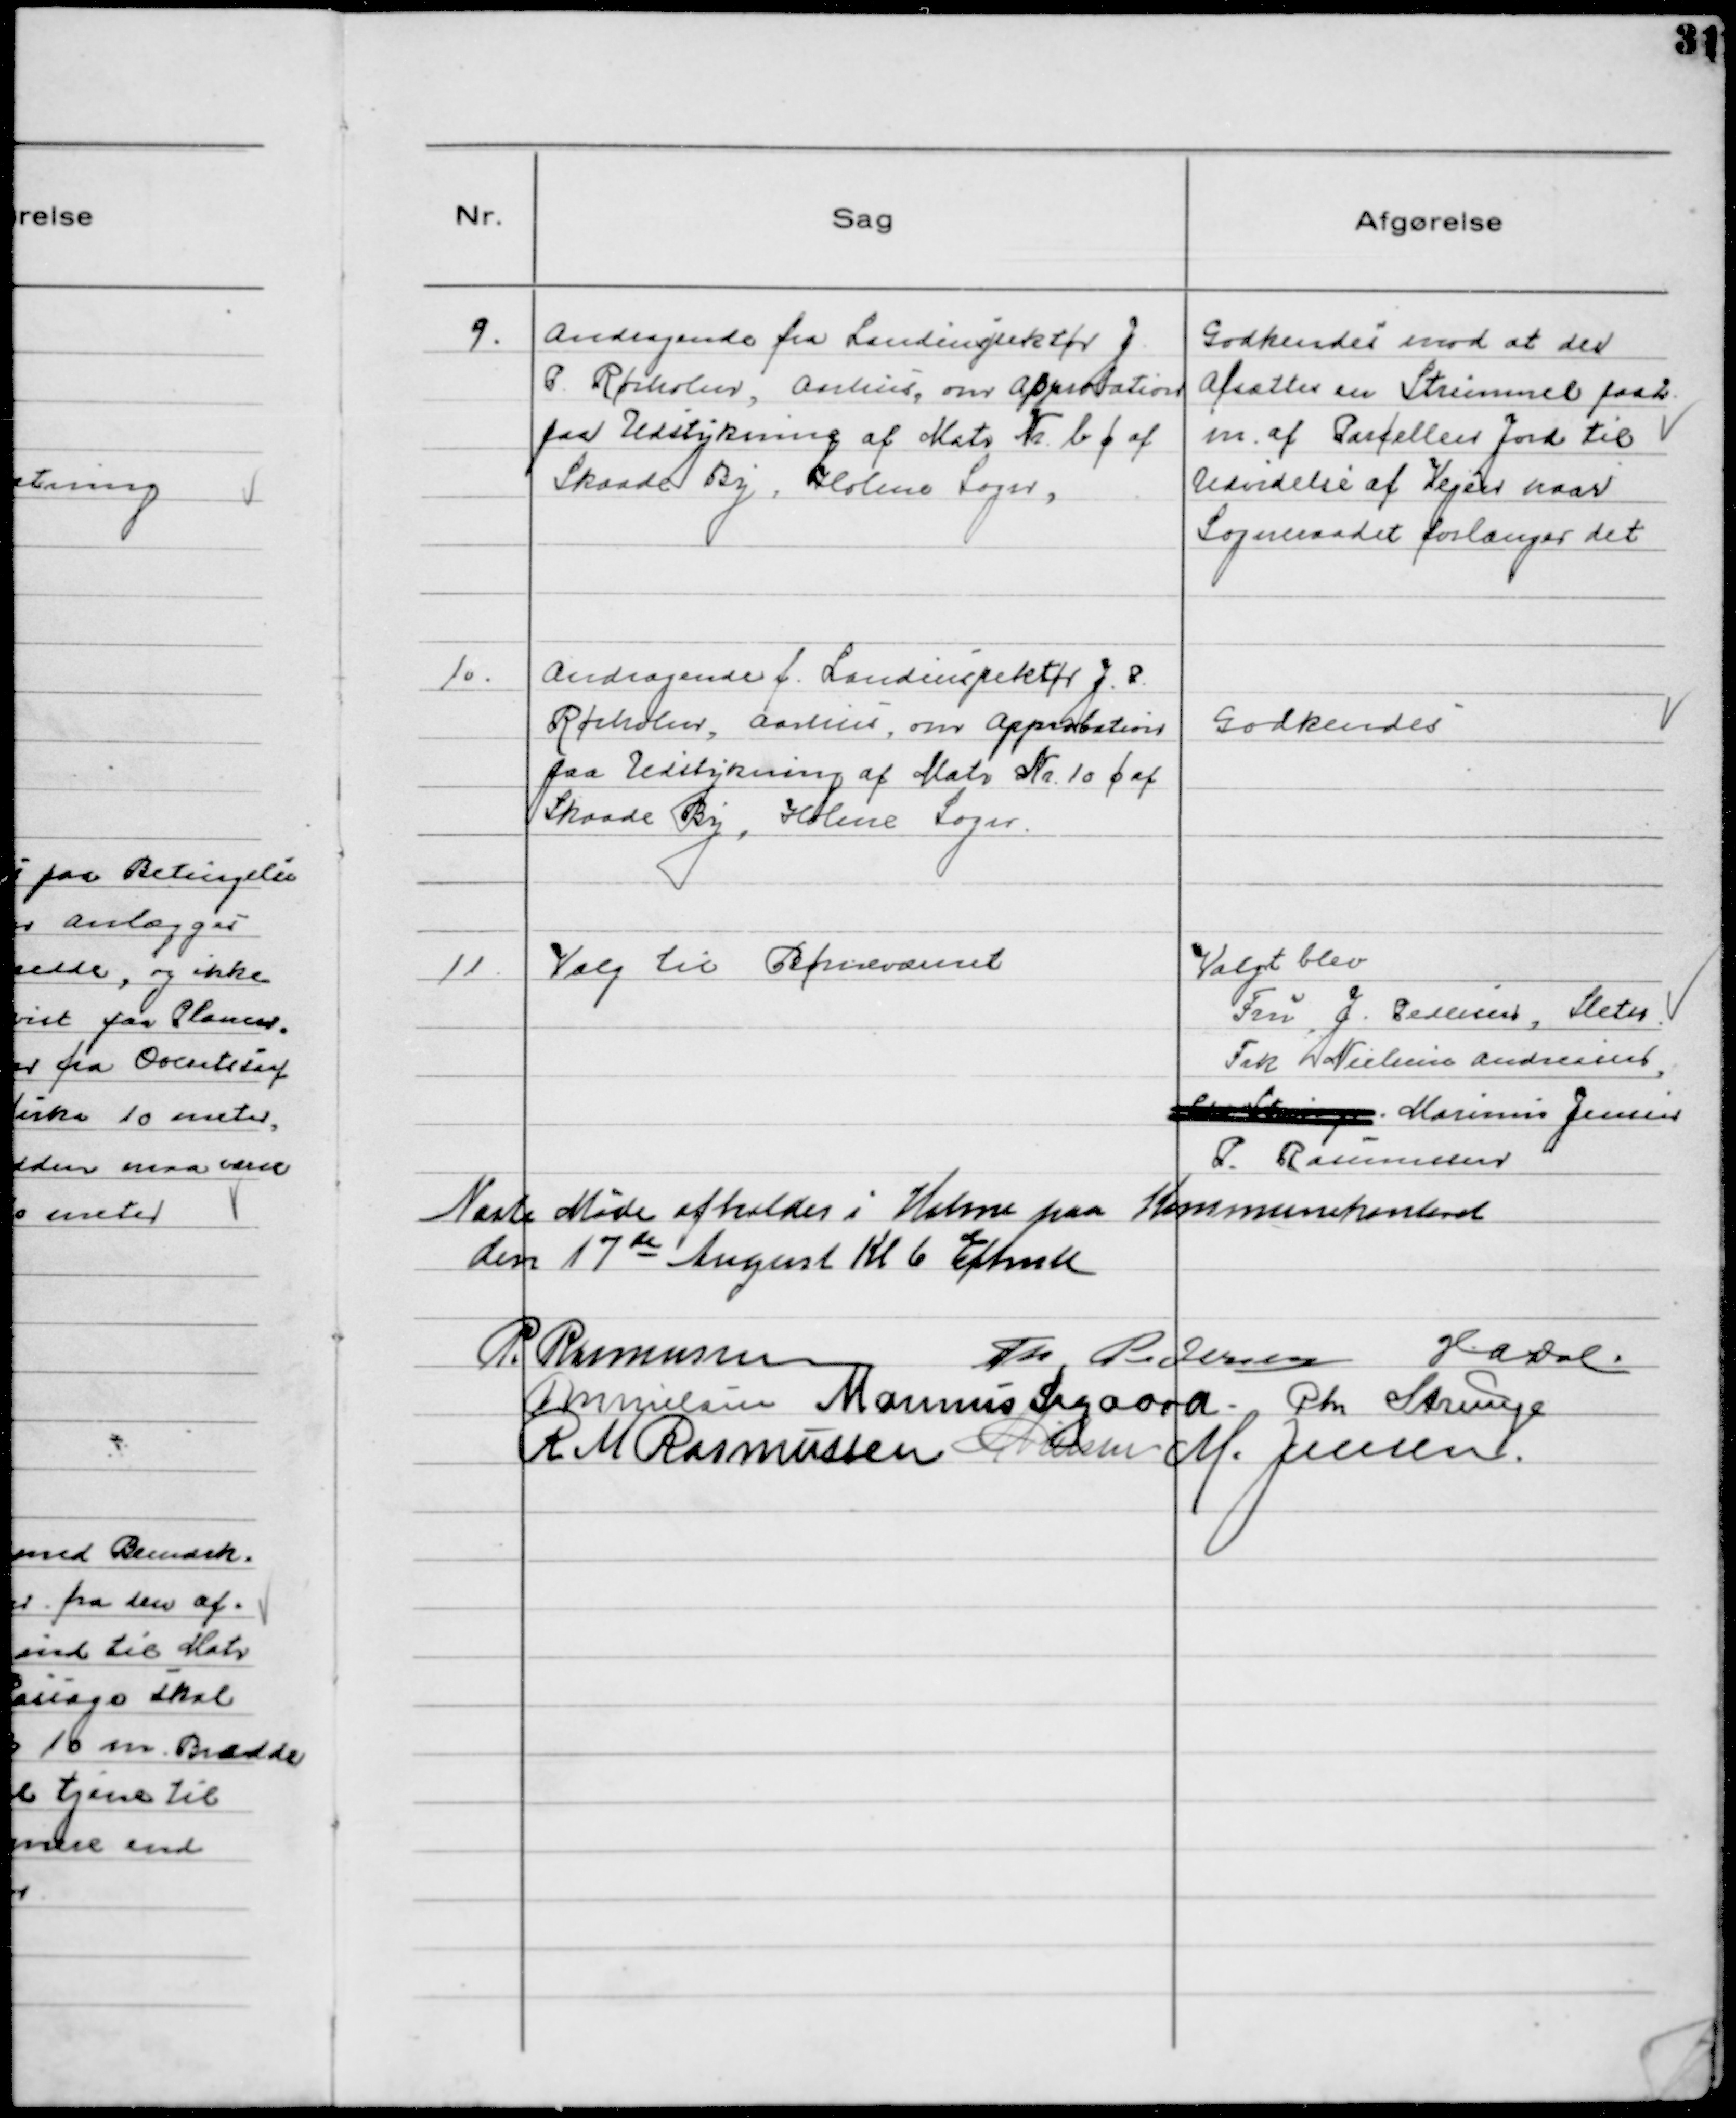
Transskription:
9.
Andragende fra Landinspektør J.
P. Rørholm, Aarhus, om Approbation
paa Udstykning af Matr Nr. b c af
Skaade By, Holme Sogn,

Godkendes mod at der
Afsættes en Strimmel paa 2
m. af Parcellens Jord til
Udvidelse af Vejen naar
Sogneraadet forlanger det

10.
Andragende f. Landinspektør J. P.
Rørholm, Aarhus, om Approbation
paa Udstykning af Matr Nr 10 c af
Skaade By, Holme Sogn.

Godkendes

11
Valg til Børneværnet

Valgt blev
Fru J. Pedersen, Sleth
Frk. Nielsine Andreasen
Chr Strunge Marinus Jensen
P. Rasmussen

Næste Møde afholdes i Holme paa Kommunekontoret
den 17de August Kl 6 Eftmd
P. Rasmussen
Th Pedersen
HADal
MNielsen Marinus Sigaard Chr Strunge
R M Rasmussen NNielsen M. Jensen